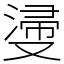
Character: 𣺎